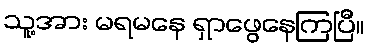
သူ့အား မရမနေ ရှာဖွေနေကြပြီ။